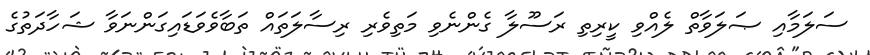
ސަލަމާއި ޞަލަވާތް ލެއްވި ކީރިތި ރަސޫލާ ގެންނެވި މަތިވެރި ރިސާލަތައް ތަބާވެވަޑައިގަންނަވާ ޝަހާދަތުގެ